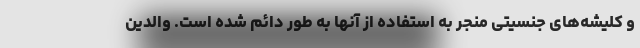
و کلیشه‌های جنسیتی منجر به استفاده از آنها به طور دائم شده است. والدین